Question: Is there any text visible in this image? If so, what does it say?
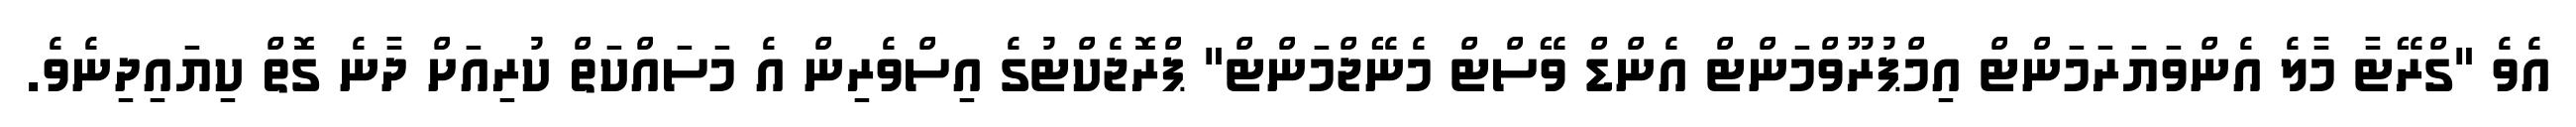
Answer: އެވެ "ގްރޭޓާ މާލެ އެންވަޔަރަމަންޓް އިމްޕުރޫވްމަންޓް އެންޑް ވޭސްޓް މެނޭޖްމަންޓް" ޕްރޮޖެކްޓުގެ އިސްވެރިން އެ މަސައްކަތް ކުރިއަށް ދާނެ ގޮތް ކިޔައިދިނެވެ.